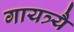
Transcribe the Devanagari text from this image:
गायत्र्यै